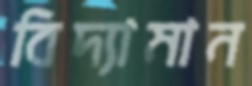
বিদ্যামান